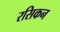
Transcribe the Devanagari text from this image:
रसिकन